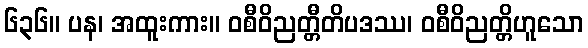
၆၃၆။ ပန၊ အထူးကား။ ဝစီဝိညတ္တီတိပဒဿ၊ ဝစီဝိညတ္တိဟူသော